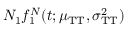
N _ { 1 } f _ { 1 } ^ { N } ( t ; \mu _ { \mathrm { T T } } , \sigma _ { \mathrm { T T } } ^ { 2 } )